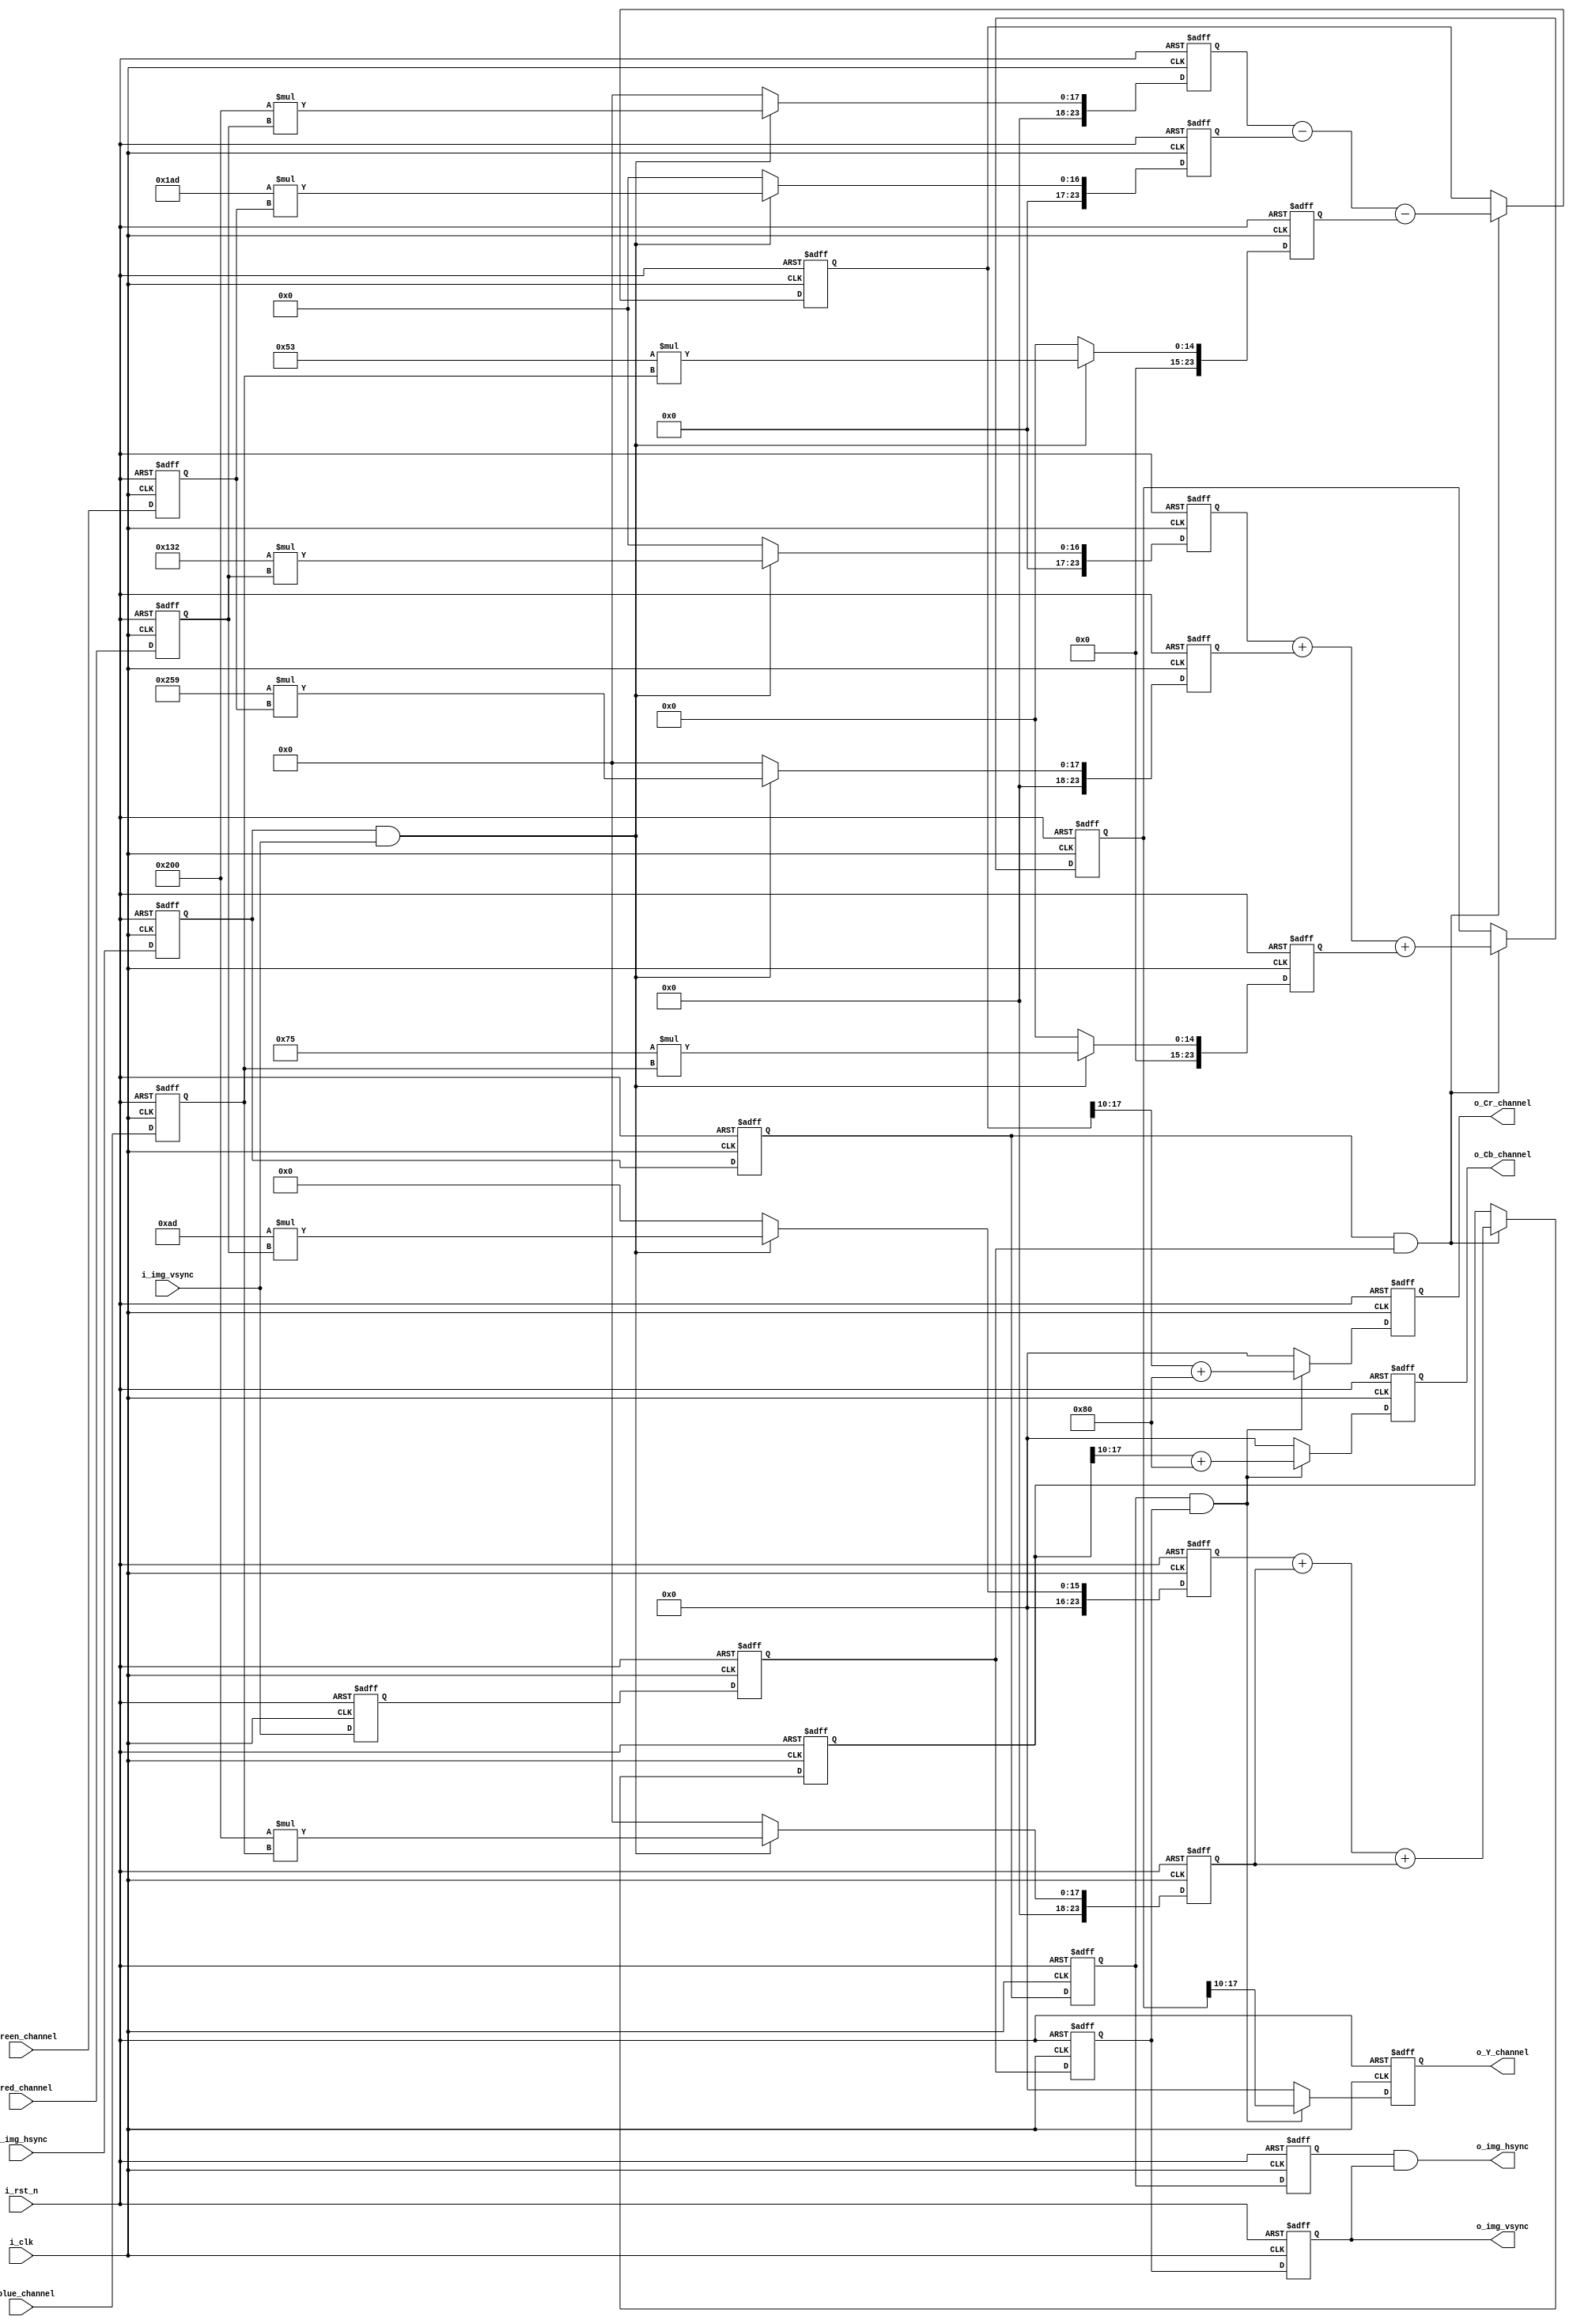
`timescale 1ns / 1ns
//////////////////////////////////////////////////////////////////////////////////
// Company: 
// 
// Design Name: 
// Module Name: rgb2gray
// Project Name: 
// Target Devices: 
// Tool Versions: 
// Description: 
// VGA/HDMARGB2GRAYmatlabrgb2gray
// Y(gray) = 0.2989 * R + 0.5870 * G + 0.1140 * B
// rgb2grayYCbCr
// Cb = -0.1687 * R - 0.3313 * G + 0.5 * B + 128
// Cr = 0.5 * R - 0.4187 * G - 0.0813 * B + 128
// CbCr0~255Y0~255
//
// gray = (306 * R + 601 * G + 117 * B)>>10
// Cb = (173 * R + 339 * G + 512 * B ) >> 10+ 128
// Cr = (512 * R - 429 * G - 83 * B ) >> 10+ 128
// Dependencies: 
// 
// Revision:0.0.1  - File Created
// Revision 0.01 - File Created
// Additional Comments:
// 
//////////////////////////////////////////////////////////////////////////////////


module rgb2gray
#(
    // rgb
    parameter                       P_RED_DEPTH      =  4'd8    ,
    parameter                       P_GREEN_DEPTH    =  4'd8    ,
    parameter                       P_BLUE_DEPTH     =  4'd8    ,
    // YCbCr
    parameter                       P_Y_R_factor     = 12'd306  ,   
    parameter                       P_Y_G_factor     = 12'd601  ,
    parameter                       P_Y_B_factor     = 12'd117  ,

    parameter                       P_Cb_R_factor    = 12'd173  ,
    parameter                       P_Cb_G_factor    = 12'd339  ,
    parameter                       P_Cb_B_factor    = 12'd512  ,
    parameter                       P_Cb_Const       = 8'd128   ,

    parameter                       P_Cr_R_factor    = 12'd512  ,
    parameter                       P_Cr_G_factor    = 12'd429  ,
    parameter                       P_Cr_B_factor    = 12'd83   ,
    parameter                       P_Cr_Const       = 8'd128   
    
)
(
    input                           i_clk                   ,
    input                           i_rst_n                 ,

    input   [P_RED_DEPTH-1:0]       i_red_channel           ,
    input   [P_GREEN_DEPTH-1:0]     i_green_channel         ,
    input   [P_BLUE_DEPTH-1:0]      i_blue_channel          ,
    input                           i_img_hsync             ,
    input                           i_img_vsync             ,

    output  [P_RED_DEPTH-1:0]       o_Y_channel             ,
    output  [P_GREEN_DEPTH-1:0]     o_Cb_channel            ,
    output  [P_BLUE_DEPTH-1:0]      o_Cr_channel            ,
    output                          o_img_hsync             ,
    output                          o_img_vsync        
);

localparam  P_Y_Cb_Cr_DEFAULT = 0;

// input reg
reg         [P_RED_DEPTH-1:0]       ri_red_channel          ;
reg         [P_GREEN_DEPTH-1:0]     ri_green_channel        ;
reg         [P_BLUE_DEPTH-1:0]      ri_blue_channel         ;
reg                                 ri_img_hsync            ;
reg                                 ri_img_vsync            ;

// output reg
reg         [P_RED_DEPTH-1:0]       ro_Y_channel            ;
reg         [P_GREEN_DEPTH-1:0]     ro_Cb_channel           ;
reg         [P_BLUE_DEPTH-1:0]      ro_Cr_channel           ;

//middle reg
reg                                 r_img_hsync_1d          ;
reg                                 r_img_vsync_1d          ;
reg                                 r_img_hsync_2d          ;
reg                                 r_img_vsync_2d          ;
reg                                 r_img_hsync_3d          ;
reg                                 r_img_vsync_3d          ;

reg         [23:0]                  r_Y_R_Multi_1           ;
reg         [23:0]                  r_Y_G_Multi_1           ;
reg         [23:0]                  r_Y_B_Multi_1           ;
reg         [23:0]                  r_Y_RGB_ADD_MOVE_2      ;

reg         [23:0]                  r_Cb_R_Multi_1          ;
reg         [23:0]                  r_Cb_G_Multi_1          ;
reg         [23:0]                  r_Cb_RGB_ADD_MOVE_2     ;

reg         [23:0]                  r_Cr_R_Multi_1          ;
reg         [23:0]                  r_Cr_G_Multi_1          ;
reg         [23:0]                  r_Cr_B_Multi_1          ;
reg         [23:0]                  r_Cr_RGB_ADD_MOVE_2     ;

wire                                w_valid_async           ;
wire                                w_valid_async_1d        ;
wire                                w_valid_async_2d        ;
wire                                w_valid_async_3d        ;

// assign
assign      o_Y_channel     =       ro_Y_channel     ;
assign      o_Cb_channel    =       ro_Cb_channel    ;
assign      o_Cr_channel    =       ro_Cr_channel    ;
assign      o_img_hsync     =       w_valid_async_3d ;
assign      o_img_vsync     =       r_img_vsync_3d   ;

assign      w_valid_async   =       ri_img_hsync &   i_img_vsync     ;
assign      w_valid_async_1d=       r_img_hsync_1d & r_img_vsync_1d  ;
assign      w_valid_async_2d=       r_img_hsync_2d & r_img_vsync_2d  ;
assign      w_valid_async_3d=       r_img_hsync_3d & r_img_vsync_3d  ;

// always
always @(posedge i_clk , negedge i_rst_n)begin
    if(!i_rst_n)begin
        ri_red_channel   <= 'd0;
        ri_green_channel <= 'd0;
        ri_blue_channel  <= 'd0;
        ri_img_hsync     <= 'd0;
        ri_img_vsync     <= 'd0;
    end else begin
        ri_red_channel   <= i_red_channel  ;
        ri_green_channel <= i_green_channel;
        ri_blue_channel  <= i_blue_channel ;
        ri_img_hsync     <= i_img_hsync    ;
        ri_img_vsync     <= i_img_vsync    ;
    end
end

always @(posedge i_clk , negedge i_rst_n) begin
    if(!i_rst_n)begin
        r_img_hsync_1d  <= 1'b0;
        r_img_vsync_1d  <= 1'b0;
        r_img_hsync_2d  <= 1'b0;
        r_img_vsync_2d  <= 1'b0;
        r_img_hsync_3d  <= 1'b0;
        r_img_vsync_3d  <= 1'b0;
    end else begin
        r_img_hsync_1d  <= ri_img_hsync     ;
        r_img_vsync_1d  <= ri_img_vsync     ;
        r_img_hsync_2d  <= r_img_hsync_1d   ;
        r_img_vsync_2d  <= r_img_vsync_1d   ;
        r_img_hsync_3d  <= r_img_hsync_2d   ;
        r_img_vsync_3d  <= r_img_vsync_2d   ;
    end
end

always @(posedge i_clk , negedge i_rst_n)begin
    if(!i_rst_n)begin
        r_Y_R_Multi_1 <= 24'd0;
        r_Y_G_Multi_1 <= 24'd0;
        r_Y_B_Multi_1 <= 24'd0;
    end else if(w_valid_async) begin
        r_Y_R_Multi_1 <= P_Y_R_factor * ri_red_channel  ;
        r_Y_G_Multi_1 <= P_Y_G_factor * ri_green_channel;
        r_Y_B_Multi_1 <= P_Y_B_factor * ri_blue_channel ;
    end else begin
        r_Y_R_Multi_1 <= 24'd0;
        r_Y_G_Multi_1 <= 24'd0;
        r_Y_B_Multi_1 <= 24'd0;
    end
end

always @(posedge i_clk , negedge i_rst_n) begin
    if(!i_rst_n)
        r_Y_RGB_ADD_MOVE_2 <= 24'd0;
    else if(w_valid_async_1d)
        r_Y_RGB_ADD_MOVE_2 <= r_Y_R_Multi_1 + r_Y_G_Multi_1 + r_Y_B_Multi_1;
    else
        r_Y_RGB_ADD_MOVE_2 <= r_Y_RGB_ADD_MOVE_2;
end

always @(posedge i_clk , negedge i_rst_n) begin
    if(!i_rst_n)
        ro_Y_channel <= P_Y_Cb_Cr_DEFAULT;
    else if(w_valid_async_2d)
        ro_Y_channel <= r_Y_RGB_ADD_MOVE_2[23:10];
    else
        ro_Y_channel <= P_Y_Cb_Cr_DEFAULT;
end

always @(posedge i_clk , negedge i_rst_n) begin
    if(!i_rst_n)begin
        r_Cb_R_Multi_1<= 24'd0;
        r_Cb_G_Multi_1<= 24'd0;
    end
    else if(w_valid_async) begin
        r_Cb_R_Multi_1 <= P_Cb_R_factor * ri_red_channel  ;
        r_Cb_G_Multi_1 <= P_Cb_G_factor * ri_green_channel;
        r_Cb_G_Multi_1 <= P_Cb_B_factor * ri_blue_channel ;
    end else begin
        r_Cb_R_Multi_1<= 24'd0;
        r_Cb_G_Multi_1<= 24'd0;
    end
end


always @(posedge i_clk , negedge i_rst_n) begin
    if(!i_rst_n)
        r_Cb_RGB_ADD_MOVE_2 <= 24'd0;
    else if(w_valid_async_1d)
        r_Cb_RGB_ADD_MOVE_2 <= r_Cb_R_Multi_1 + r_Cb_G_Multi_1 + r_Cb_G_Multi_1;
    else
        r_Cb_RGB_ADD_MOVE_2 <= r_Cb_RGB_ADD_MOVE_2;
end

always @(posedge i_clk , negedge i_rst_n) begin
    if(!i_rst_n)
        ro_Cb_channel <= P_Y_Cb_Cr_DEFAULT;
    else if(w_valid_async_2d)
        ro_Cb_channel <= r_Cb_RGB_ADD_MOVE_2[23:10]+P_Cb_Const;
    else
        ro_Cb_channel <= P_Y_Cb_Cr_DEFAULT;
end


always @(posedge i_clk , negedge i_rst_n) begin
    if(!i_rst_n) begin
        r_Cr_R_Multi_1 <= 24'd0;
        r_Cr_G_Multi_1 <= 24'd0;
        r_Cr_B_Multi_1 <= 24'd0;
    end
    else if(w_valid_async)begin
        r_Cr_R_Multi_1 <= P_Cr_R_factor * ri_red_channel  ;
        r_Cr_G_Multi_1 <= P_Cr_G_factor * ri_green_channel;
        r_Cr_B_Multi_1 <= P_Cr_B_factor * ri_blue_channel ; 
    end else begin
        r_Cr_R_Multi_1 <= 24'd0;
        r_Cr_G_Multi_1 <= 24'd0;
        r_Cr_B_Multi_1 <= 24'd0;
    end
end

always @(posedge i_clk , negedge i_rst_n) begin
    if(!i_rst_n)
        r_Cr_RGB_ADD_MOVE_2 <= 24'd0;
    else if(w_valid_async_1d)
        r_Cr_RGB_ADD_MOVE_2 <= r_Cr_R_Multi_1 - r_Cr_G_Multi_1 - r_Cr_B_Multi_1;
    else
        r_Cr_RGB_ADD_MOVE_2 <= r_Cr_RGB_ADD_MOVE_2;
end

always @(posedge i_clk , negedge i_rst_n) begin
    if(!i_rst_n)
        ro_Cr_channel <= P_Y_Cb_Cr_DEFAULT;
    else if(w_valid_async_2d)
        ro_Cr_channel <= r_Cr_RGB_ADD_MOVE_2[23:10]+P_Cr_Const;
    else
        ro_Cr_channel <= P_Y_Cb_Cr_DEFAULT;
end
endmodule